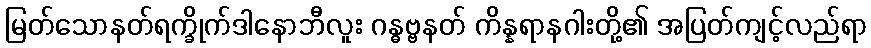
မြတ်သောနတ်ရက္ခိုက်ဒါနောဘီလူး ဂန္ဓဗ္ဗနတ် ကိန္နရာနဂါးတို့၏ အပြတ်ကျင့်လည်ရာ